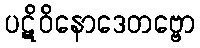
ပဋိဝိနောဒေတဗ္ဗော